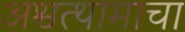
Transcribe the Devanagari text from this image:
अश्वत्थामाचा